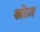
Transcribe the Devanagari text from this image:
स्नोज़